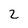
Character: 2